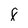
Character: 8